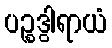
ပဉ္စဒွါရာယံ